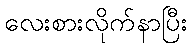
လေးစားလိုက်နာပြီး